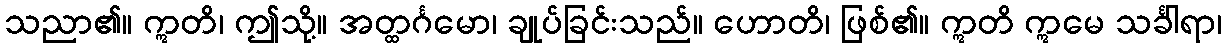
သညာ၏။ ဣတိ၊ ဤသို့။ အတ္ထင်္ဂမော၊ ချုပ်ခြင်းသည်။ ဟောတိ၊ ဖြစ်၏။ ဣတိ ဣမေ သင်္ခါရာ၊